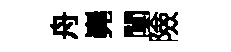
舟嶤闃險